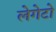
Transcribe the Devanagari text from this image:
लेगेटो